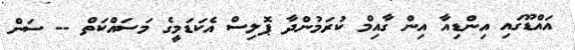
އައްޑޫގައި އިންޑިއާ އިން ގާއިމް ކުރަމުންދާ ޕޮލިސް އެކަޑަމީގެ މަސައްކަތް -- ސަން